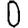
Digit: 0